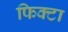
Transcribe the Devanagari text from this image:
फिक्टा